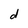
Character: d